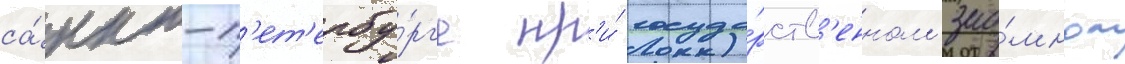
са́нкт-п'ет'ербу́рг'е пр'и́ госуда́рств'енном зао́мном